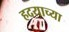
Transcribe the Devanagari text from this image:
हदयाच्या